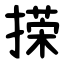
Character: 㨲